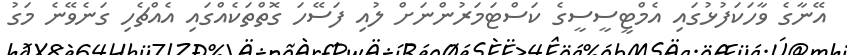
އޭނާގެ ވާހަކަފުޅުގައި އެމްޓީސީސީގެ ކަސްޓަމަރުންނަށް ލުއި ފަސޭހަ ގޮތްތަކެއްގައި އެއްޗެހި ގަނެވޭނެ މަގު